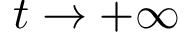
t \to + \infty